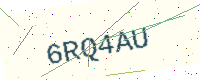
Text: 6RQ4AU